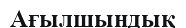
Ағылшындық